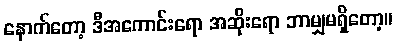
နောက်တော့ ဒီအကောင်းရော အဆိုးရော ဘာမျှမရှိတော့။